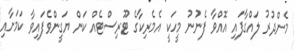
މެންދުރު ލައްގާފައި އޮއްވާ ފެނުނު މީހަކީ އެމެރިކާގެ ޓޫރިސްޓެއް ކަން ޔަގީންވެފައިވާ ކަމަށާއި